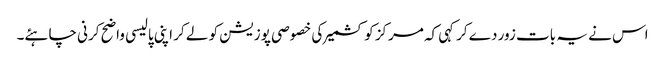
اس نے یہ بات زور دے کرکہی کہ مرکز کو کشمیر کی خصوصی پوزیشن کو لے کر اپنی پالیسی واضح کرنی چاہئے۔